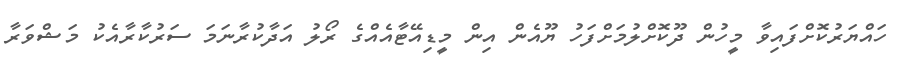
ހައްޔަރުކޮށްފައިވާ މީހުން ދޫކޮށްލުމަށްފަހު ޔޫއެން އިން މީޑިއޭޓާއެއްގެ ރޯލު އަދާކުރާނަމަ ސަރުކާރާއެކު މަޝްވަރާ